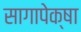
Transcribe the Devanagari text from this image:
सागापेक्षा